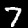
Label: 7